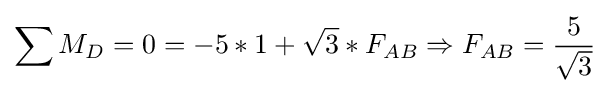
\sum M_{D}=0=-5*1+{\sqrt {3}}*F_{AB}\Rightarrow F_{AB}={\frac {5}{\sqrt {3}}}